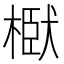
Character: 𭫞